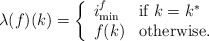
\begin{align*}\lambda(f)(k) = \left\{ \begin{array}{ll}i_{\min}^f & \textrm{if $k = k^*$} \\f(k) & \textrm{otherwise.}\end{array}\right.\end{align*}